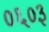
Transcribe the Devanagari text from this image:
०६०३